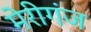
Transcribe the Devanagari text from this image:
मेरीगंज